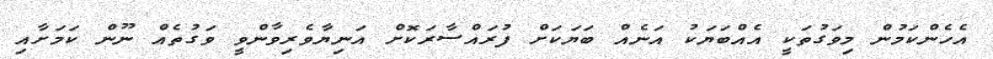
އެހެންކަމުން މިވަގުތަކީ އެއްބަޔަކު އަނެއް ބަޔަކަށް ފުރައްސާރަކޮށް އަނިޔާވެރިވާންވީ ވަގުތެއް ނޫން ކަމަށާއި